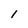
Character: 1